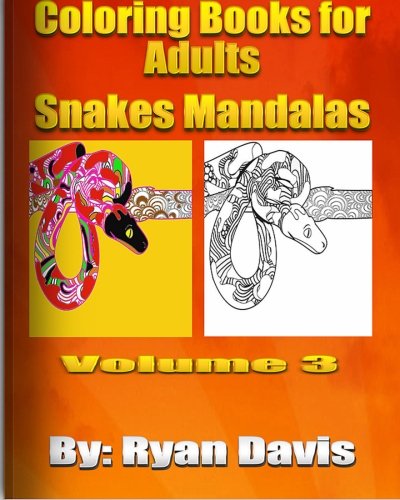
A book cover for Coloring Books For Adults - Snakes Mandalas (Animals & Mandalas ); Ryan Davis; Comics & Graphic Novels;